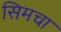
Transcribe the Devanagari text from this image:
सिमचा